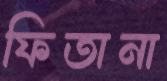
ফিতানা